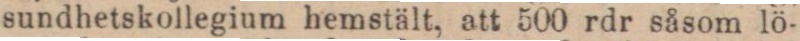
sundhetskollegium hemstält, att 500 rdr såsom lö-